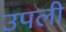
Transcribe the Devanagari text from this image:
उपली